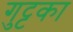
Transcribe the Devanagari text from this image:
गुट्टका